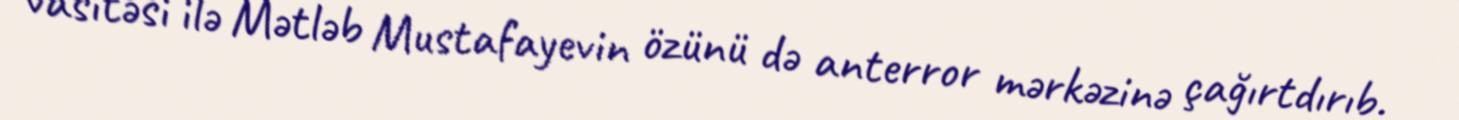
vasitəsi ilə Mətləb Mustafayevin özünü də anterror mərkəzinə çağırtdırıb.